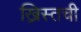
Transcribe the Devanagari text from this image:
ख्रिस्तची